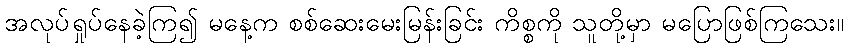
အလုပ်ရှုပ်နေခဲ့ကြ၍ မနေ့က စစ်ဆေးမေးမြန်းခြင်း ကိစ္စကို သူတို့မှာ မပြောဖြစ်ကြသေး။